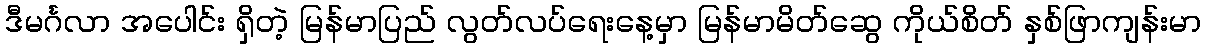
ဒီမင်္ဂလာ အပေါင်း ရှိတဲ့ မြန်မာပြည် လွတ်လပ်ရေးနေ့မှာ မြန်မာမိတ်ဆွေ ကိုယ်စိတ် နှစ်ဖြာကျန်းမာ